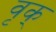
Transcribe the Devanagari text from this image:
वृक्